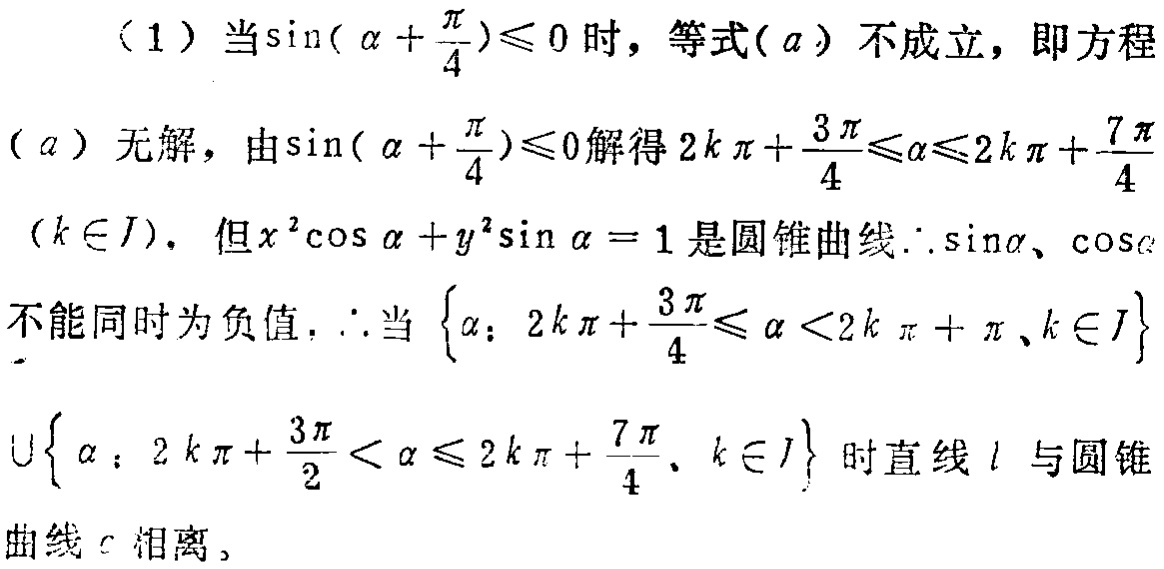
（1）当\(\sin(\alpha +\frac{\pi}{4})\leq0\)时，等式\((a)\)不成立，即方程
\((a)\)无解，由\(\sin(\alpha +\frac{\pi}{4})\leq0\)解得\(2k\pi+\frac{3\pi}{4}\leq\alpha\leq2k\pi+\frac{7\pi}{4}\)
\((k\in J)\)。但\(x^{2}\cos\alpha + y^{2}\sin\alpha = 1\)是圆锥曲线\(\therefore\sin\alpha\)、\(\cos\alpha\)
不能同时为负值，\(\therefore\)当\(\{\alpha: 2k\pi+\frac{3\pi}{4}\leq\alpha<2k\pi+\pi,k\in J\}\)
\(\cup\{\alpha: 2k\pi+\frac{3\pi}{2}<\alpha\leq2k\pi+\frac{7\pi}{4},k\in J\}\)时直线 \(l\) 与圆锥
曲线 \(c\) 相离。